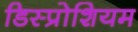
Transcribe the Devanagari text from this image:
डिस्प्रोशियम